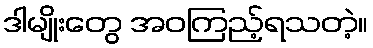
ဒါမျိုးတွေ အဝကြည့်ရသတဲ့။